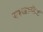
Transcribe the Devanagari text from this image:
परसल्फेट